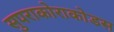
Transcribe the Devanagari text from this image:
सुपराकोराकोडस